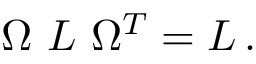
\Omega \ { \cal L } \ \Omega ^ { T } = { \cal L } \, .